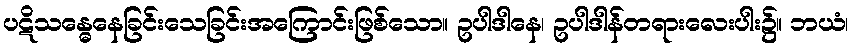
ပဋိသန္ဓေနေခြင်းသေခြင်းအကြောင်းဖြစ်သော။ ဥပါဒါနေ၊ ဥပါဒါန်တရားလေးပါး၌။ ဘယံ၊